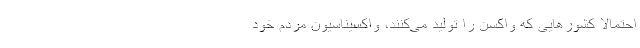
احتمالاً کشورهایی که واکسن را تولید می‌کنند، واکسیناسیون مردم خود